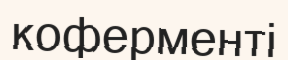
коферменті